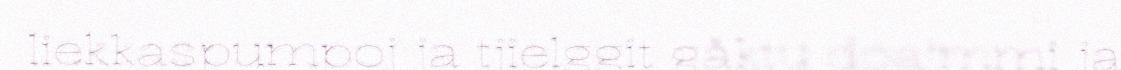
liekkaspumpoj ja tjielggit gåktu doajmmi ja